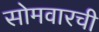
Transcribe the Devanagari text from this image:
सोमवारची